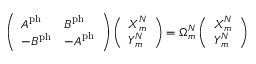
\left( \begin{array} { l l } { \boldsymbol { A } ^ { \mathrm { p h } } } & { \boldsymbol { B } ^ { \mathrm { p h } } } \\ { - \boldsymbol { B } ^ { \mathrm { p h } } } & { - \boldsymbol { A } ^ { \mathrm { p h } } } \end{array} \right) \left( \begin{array} { l } { \boldsymbol { X } _ { m } ^ { N } } \\ { \boldsymbol { Y } _ { m } ^ { N } } \end{array} \right) = \Omega _ { m } ^ { N } \left( \begin{array} { l } { \boldsymbol { X } _ { m } ^ { N } } \\ { \boldsymbol { Y } _ { m } ^ { N } } \end{array} \right)